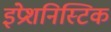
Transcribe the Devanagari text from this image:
इंप्रेशनिस्टिक